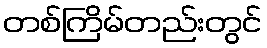
တစ်ကြိမ်တည်းတွင်